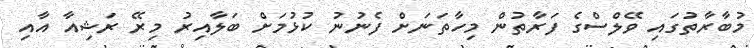
މުބާރާތުގައި ވޭލްސްގެ ފަރާތުން މިހާތަނަށް ފެނުނު ކުޅުމަށް ބަލާއިރު މިރޭ ރަޝިއާ އާއި